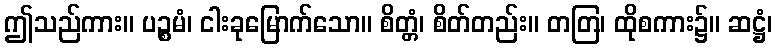
ဤသည်ကား။ ပဉ္စမံ၊ ငါးခုမြောက်သော။ စိတ္တံ၊ စိတ်တည်း။ တတြ၊ ထိုစကား၌။ ဆဋ္ဌံ၊